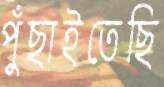
পুঁছাইতেছি